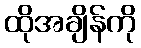
ထိုအချိန်ကို